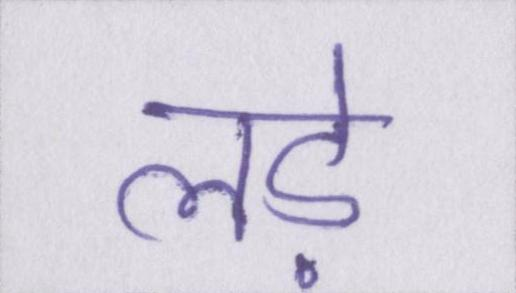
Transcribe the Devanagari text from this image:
लड़े